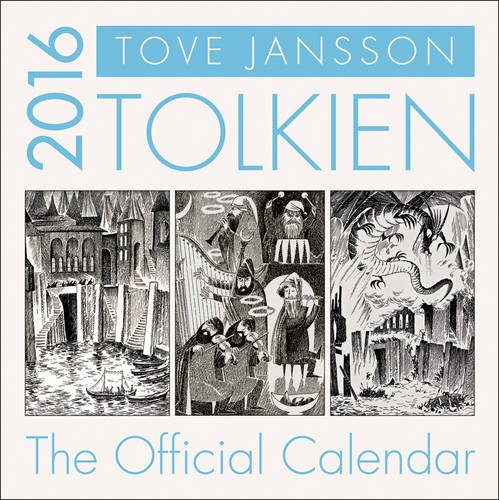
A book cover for Tolkien Calendar 2016; Calendars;